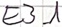
Text: E3.1